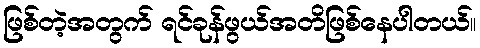
ဖြစ်တဲ့အတွက် ရင်ခုန်ဖွယ်အတိဖြစ်နေပါတယ်။